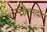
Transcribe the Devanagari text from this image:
मक्सदों